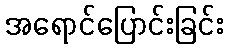
အရောင်ပြောင်းခြင်း